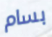
بسام